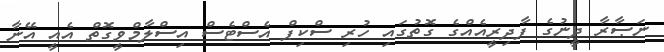
ނަޞާރާ ދީނުގެ ފާދިރީއެއްގެ ގޮތުގައި ހުރި ސްކިޕް އެސްޓެސް އިސްލާމްވީގޮތް އެއީ އޭނާ